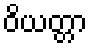
ဝိယတ္တာ